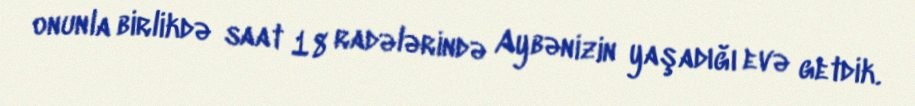
onunla birlikdə saat 18 radələrində Aybənizin yaşadığı evə getdik.